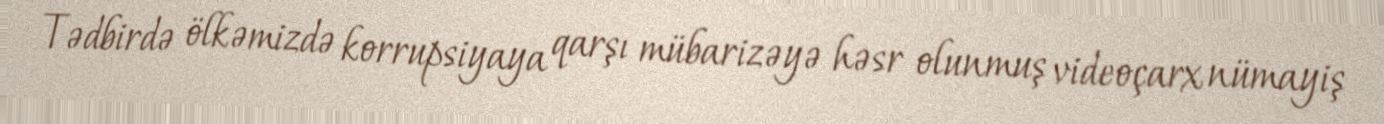
Tədbirdə ölkəmizdə korrupsiyaya qarşı mübarizəyə həsr olunmuş videoçarx nümayiş